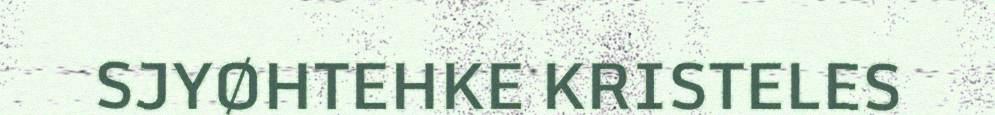
SJYØHTEHKE KRISTELES